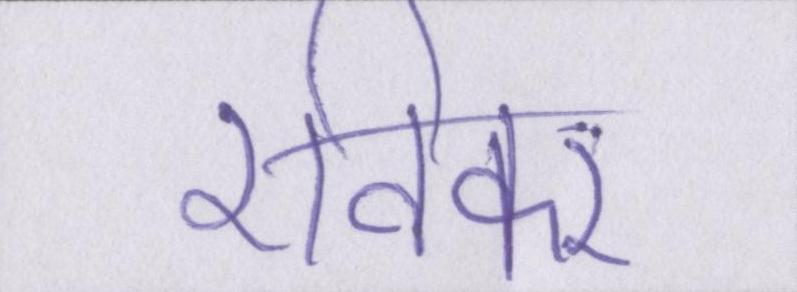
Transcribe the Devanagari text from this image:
रविकर